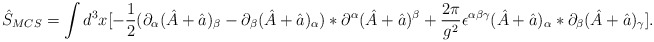
\begin{align*}\hat S_{MCS}=\int d^{3}x[-\frac{1}{2}(\partial_{\alpha}(\hat A +\hat a )_{\beta}-\partial_{\beta}(\hat A +\hat a )_{\alpha})*\partial^{\alpha}(\hat A +\hat a )^{\beta}+\frac{2\pi}{g^2}\epsilon^{\alpha\beta\gamma}(\hat A +\hat a )_{\alpha}*\partial_{\beta}(\hat A +\hat a )_{\gamma}].\end{align*}